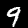
Digit: 9